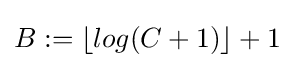
B:=\lfloor log(C+1)\rfloor +1